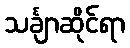
သင်္ချာဆိုင်ရာ